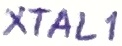
Text: XTAL1